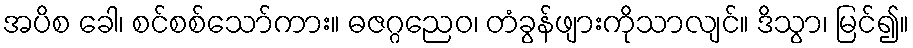
အပိစ ခေါ၊ စင်စစ်သော်ကား။ ဓဇဂ္ဂညေဝ၊ တံခွန်ဖျားကိုသာလျင်။ ဒိသွာ၊ မြင်၍။